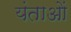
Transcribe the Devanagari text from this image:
यंताओं